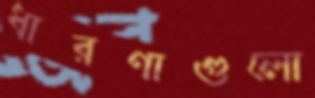
ধারণাগুলো